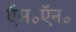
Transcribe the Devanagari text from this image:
ऍस॰ऍन॰